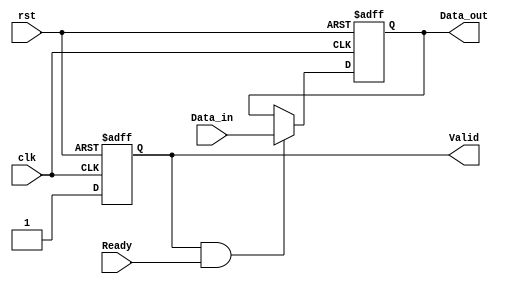
module ready_valid_handshake (
    input wire clk,
    input wire rst,
    
    // Producer interface
    input wire [7:0] Data_in,  // Data input from producer
    output reg Valid,           // Valid signal from producer
    input wire Ready,           // Ready signal to producer
    
    // Consumer interface
    output reg [7:0] Data_out   // Data output to consumer
);

// State management for the producer
always @(posedge clk or posedge rst) begin
    if (rst) begin
        Valid <= 1'b0;  // Deassert Valid on reset
    end else begin
        // Generate valid data (example logic)
        // This can be replaced with actual data generation logic
        Valid <= 1'b1;  // Indicate that data is valid
    end
end

// Data transfer logic
always @(posedge clk or posedge rst) begin
    if (rst) begin
        Data_out <= 8'b0;  // Reset Data_out
    end else if (Valid && Ready) begin
        Data_out <= Data_in;  // Transfer data when both Valid and Ready are high
    end
end

endmodule